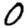
Digit: 0